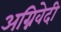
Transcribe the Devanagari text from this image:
अग्निवेदी